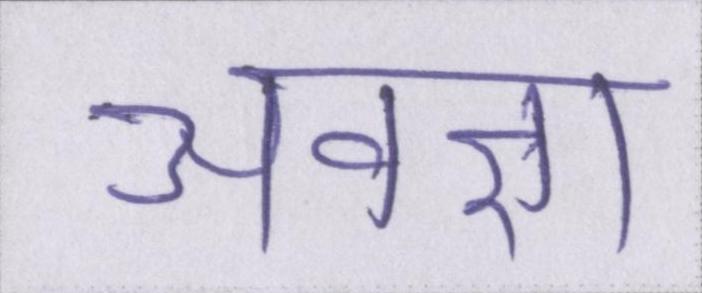
अवज्ञा